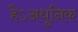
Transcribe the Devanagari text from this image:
हैऽअधुनिक